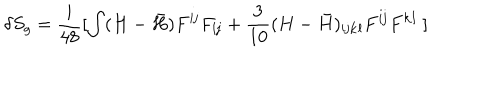
\delta S _ { g } = \frac { i } { 4 8 } [ \int ( H - { \bar { H } } ) F ^ { { \mathbf i } { \mathbf j } } F _ { { \mathbf i } { \mathbf j } } + \frac { 3 } { 1 0 } ( H - { \bar { H } } ) _ { { \mathbf i } { \mathbf j } { \mathbf k } { \mathbf l } } F ^ { { \mathbf i } { \mathbf j } } F ^ { { \mathbf k } { \mathbf l } } \; ]